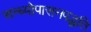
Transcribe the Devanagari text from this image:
सन्ध्याेपासनपद्धति